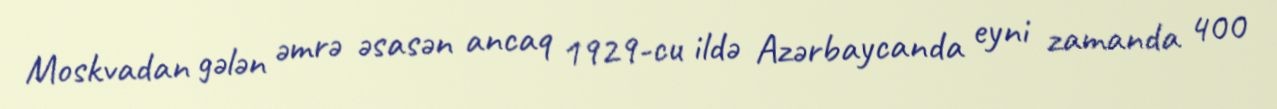
Moskvadan gələn əmrə əsasən ancaq 1929-cu ildə Azərbaycanda eyni zamanda 400